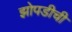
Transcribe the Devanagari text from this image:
झोपडीची